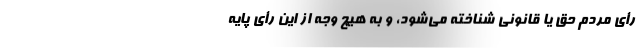
رأی مردم حق یا قانونی شناخته می‌شود، و به هیچ وجه از این رأی پایه